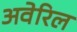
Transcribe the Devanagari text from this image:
अवेरिल